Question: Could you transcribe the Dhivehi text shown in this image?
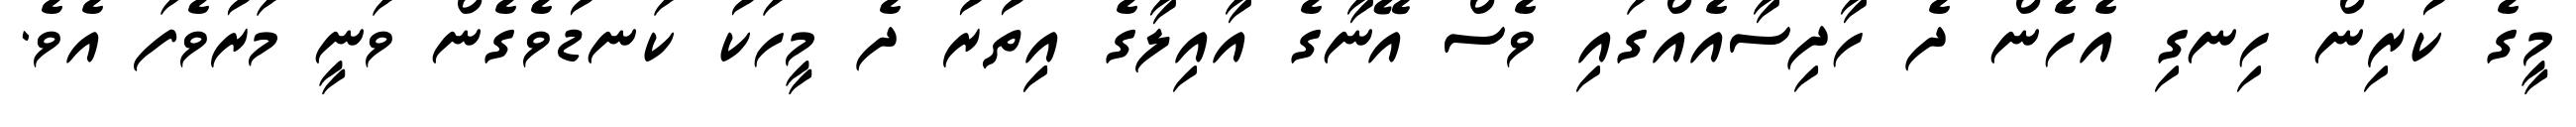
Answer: މީގެ ކުރިން ހިނގި އެހެން ދެ ހާދިސާއެއްގައި ވެސް އޭނާގެ އާއިލާގެ އިިތުރު ދެ މީހަކު ކަނޑުވެގެން ވަނީ މަރުވެފަ އެވެ.